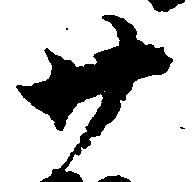
廿